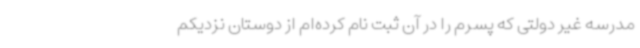
مدرسه غیر دولتی که پسرم را در آن ثبت نام کرده‌ام از دوستان نزدیکم